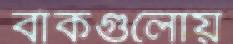
বাঁকগুলোয়